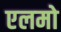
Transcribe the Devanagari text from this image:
एलमो